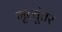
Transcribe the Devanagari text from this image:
मृत्यूंतर